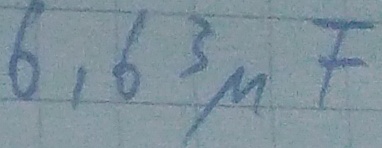
Text: 6,63µF